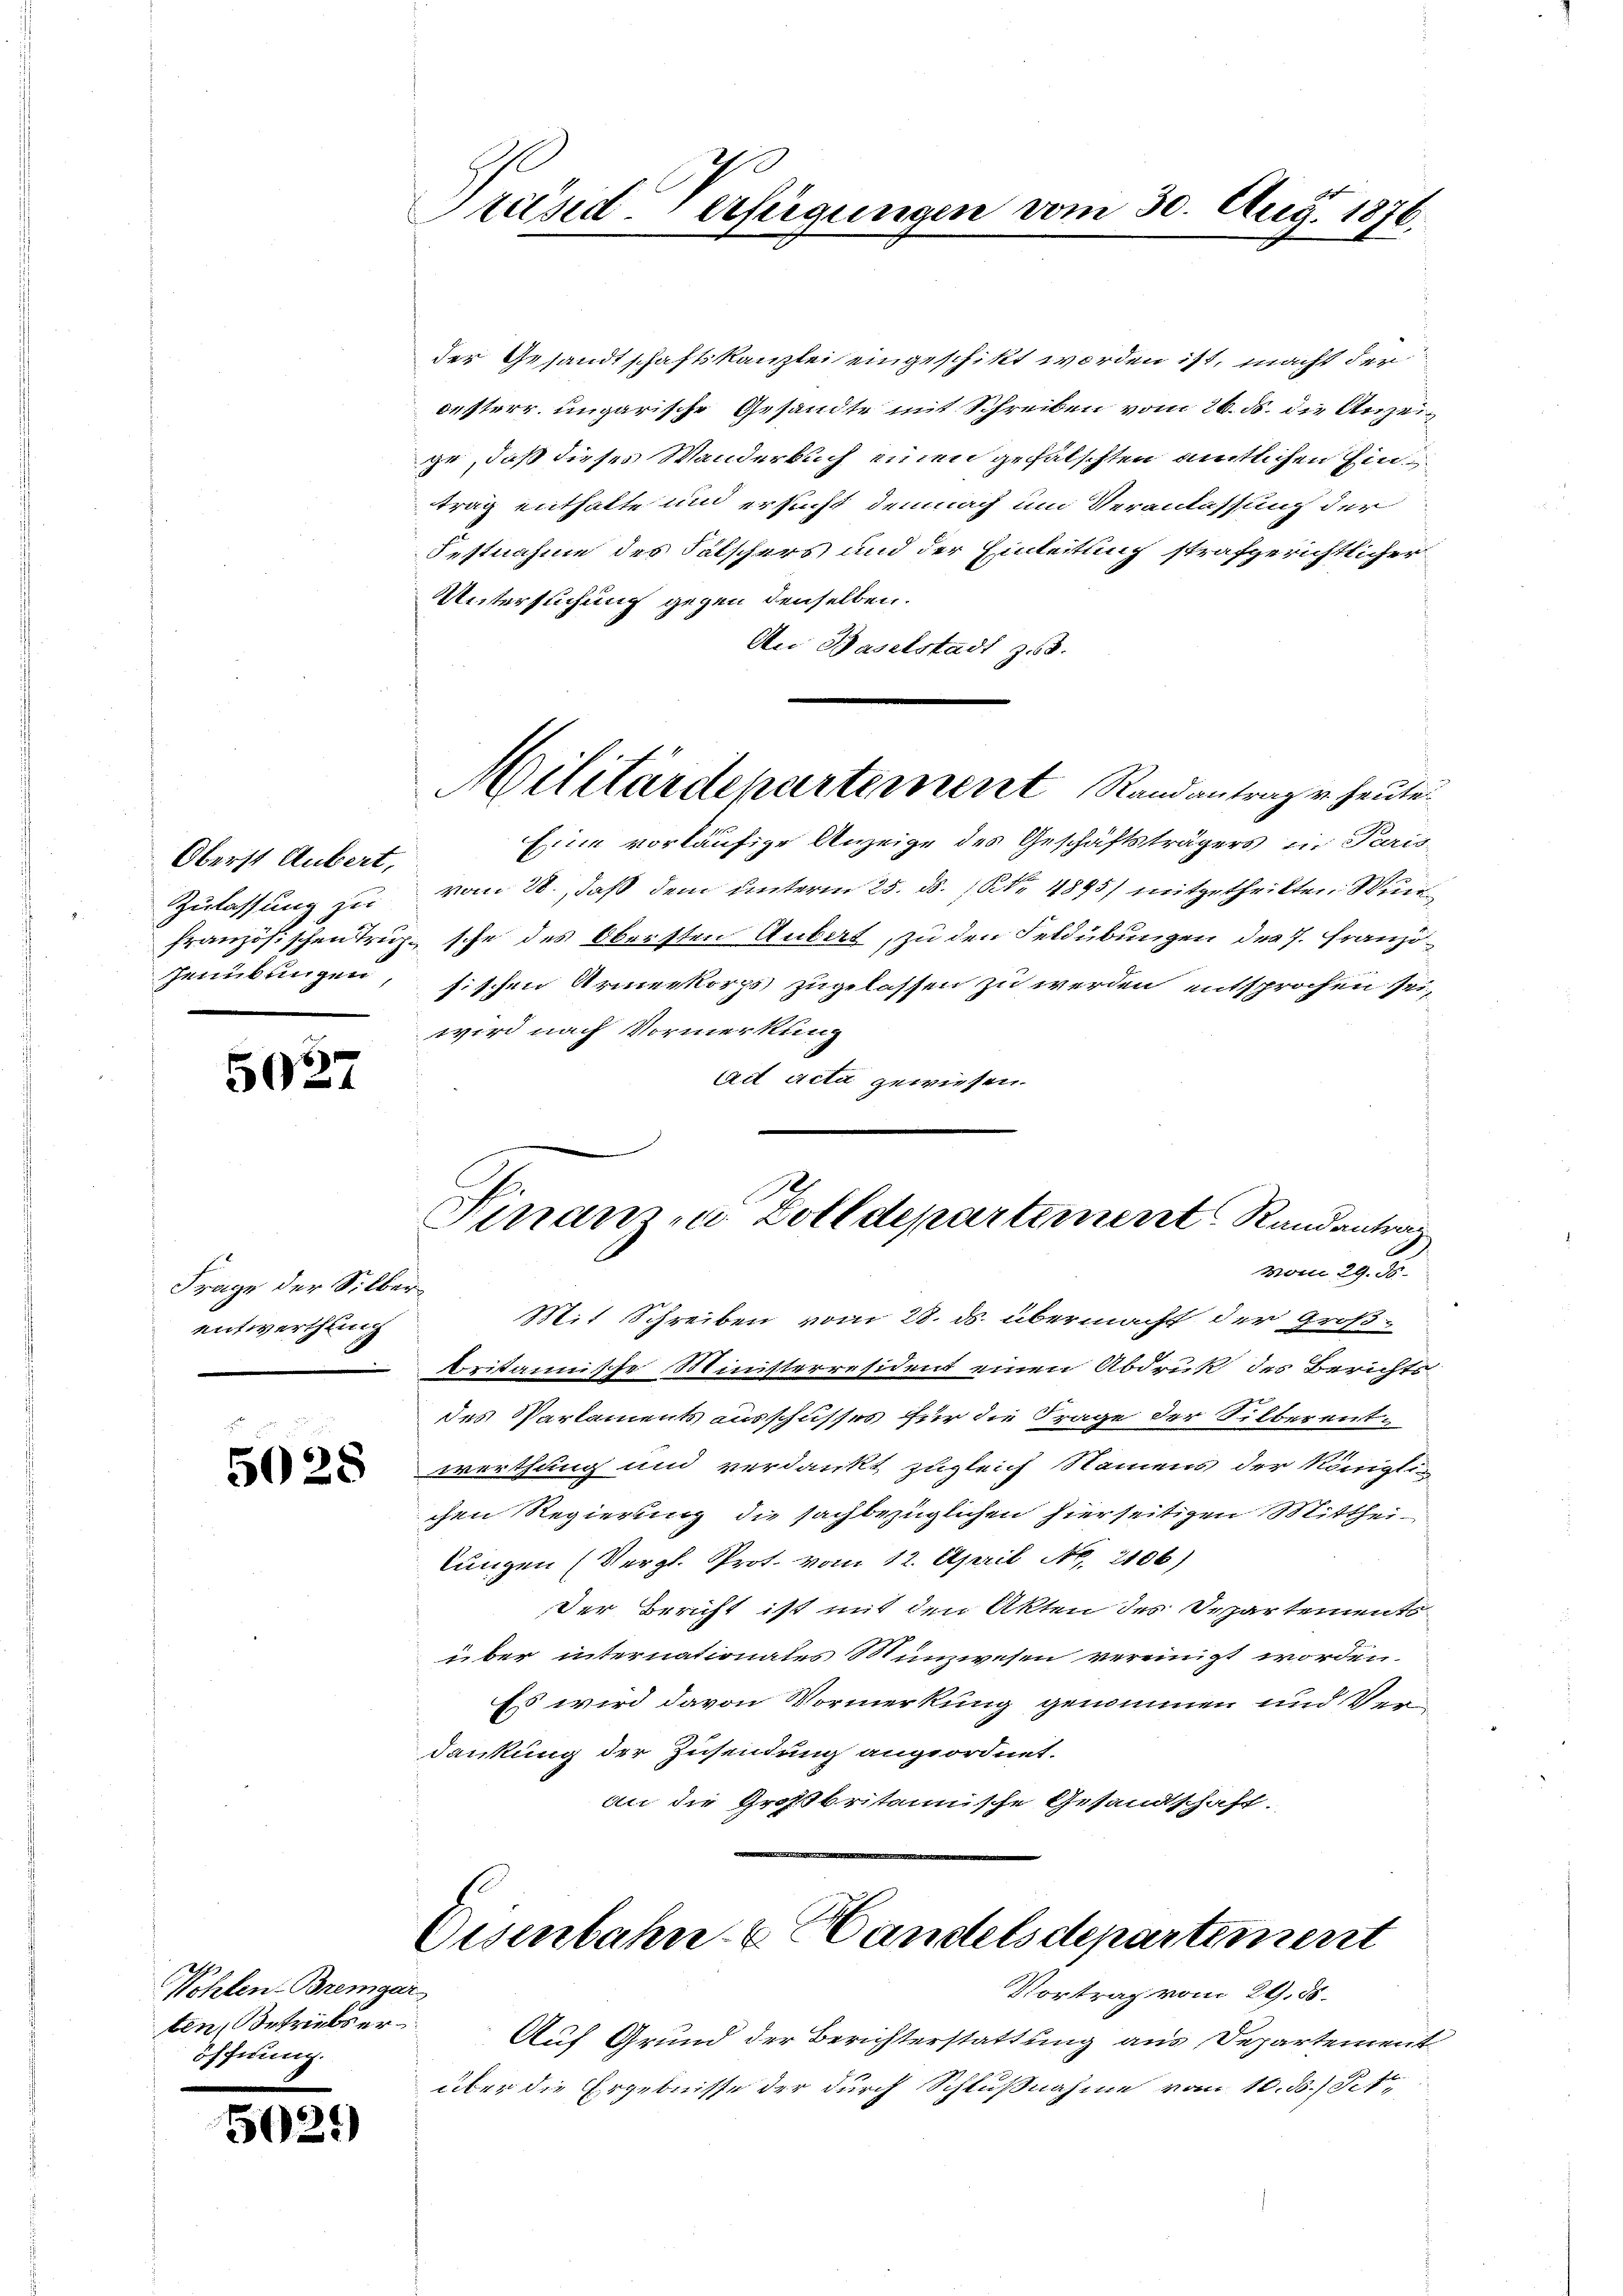
Oberst Aubert,
Zulassung zu
Genübungen

5027

Frage der Silberentwerthling

5028

Wohlen-Bremgar
ten, Betriebs eröffnung.

50.

)

Träsd Verfügungen vom 30. Aug. 1876

der Gesandtschaftskanzlei eingeschikt worden ist, macht der
oesterr. ungarische Gesandte mit Schreiben vom 26. ds. die Anzeige, daß dieses Wanderbuch einen gefälschten amtlichen Eintrag enthalte und ersucht demnach um Veranlassung der
Festnahme des Falschers und der Einleitung strafgerichtlicher
Untersuchung gegen denselben.
An Baselstadt z.
Eine vorläufige Anzeige des Geschäftsträgers in Paris
vom 28., daß dem unterm 25. ds. (N. N. 4895) mitgetheilten Wun
französischen Trup. sche des Obersten Anbat, zu den Feldübungen des 7. Franzöfischen Armeekorps zugelassen zu werden entsprochen sei,
wird nach Vormerkung
Ad acta gewiesen.
s
Finanz- u. Zolldepartement Randantrag
vom 29. ds.
Mit Schreiben vom 28. ds. übermacht der Großbritannische Ministerresident einen Abdruk des Berichts
des Parlaments ausschusses für die Frage der Silberent-
werthung und verdankt zugleich Namens der Königli
chen Regierung die sachbezüglichen hierseitigen Mittheilungen (Vergl. Prot. vom 12. April N. 2106)
Der Bericht ist mit den Akten des Departements
über internationales Münzwesen vereinigt worden.
Es wird davon Vormerkung genommen und Verdankung der Zusendung angeordnet.
an die Großbritannische Gesandschaft.

Militärdepartement Randantrag u. heute.

Eisenbahn & Handels departement
u
Vortrag vom 29. 55.

Auf Grund der Berichterstattung aus Departement
über die Ergebnisse der durch Schlußnahme vom 10. ds. / Fett,